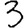
Digit: 3